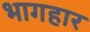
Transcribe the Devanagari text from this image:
भागहार